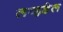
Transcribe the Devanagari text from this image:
लव्हडेल